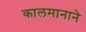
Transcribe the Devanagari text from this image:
कालमानाने